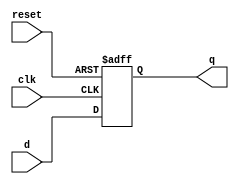
`timescale 1ns / 1ps
//////////////////////////////////////////////////////////////////////////////////
// Company: 
// Engineer: 
// 
// Design Name: 
// Module Name:    register 
// Project Name: 
// Target Devices: 
// Tool versions: 
// Description: 
//
// Dependencies: 
//
// Revision: 
// Revision 0.01 - File Created
// Additional Comments: 
//
//////////////////////////////////////////////////////////////////////////////////  
  module register
  #(parameter WIDTH = 32)
   (
	 input wire clk, reset,
    input wire [WIDTH-1:0] d,
    output reg [WIDTH-1:0] q
	 );
	 
    always @(posedge clk, posedge reset)
     begin
	   if (reset) 
	    q <= 0;
      else
   	 q <= d;
	  end
		 
  endmodule